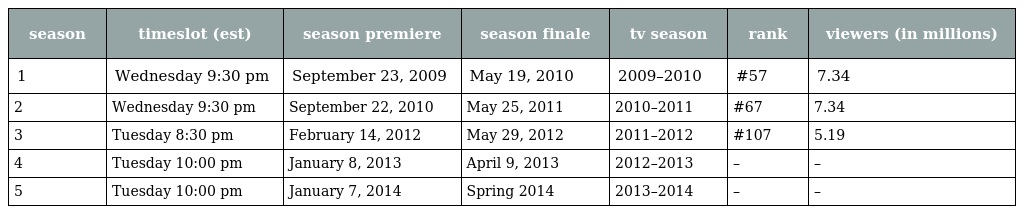
| season | timeslot (est) | season premiere | season finale | tv season | rank | viewers (in millions) |
 | --- | --- | --- | --- | --- | --- | --- |
 | 1 | Wednesday 9:30 pm | September 23, 2009 | May 19, 2010 | 2009–2010 | #57 | 7.34 |
 | 2 | Wednesday 9:30 pm | September 22, 2010 | May 25, 2011 | 2010–2011 | #67 | 7.34 |
 | 3 | Tuesday 8:30 pm | February 14, 2012 | May 29, 2012 | 2011–2012 | #107 | 5.19 |
 | 4 | Tuesday 10:00 pm | January 8, 2013 | April 9, 2013 | 2012–2013 | – | – |
 | 5 | Tuesday 10:00 pm | January 7, 2014 | Spring 2014 | 2013–2014 | – | – |